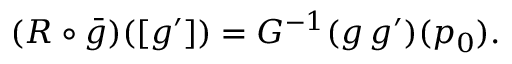
\begin{array} { r } { ( R \circ \bar { g } ) ( [ g ^ { \prime } ] ) = G ^ { - 1 } ( g \, g ^ { \prime } ) ( p _ { 0 } ) . } \end{array}